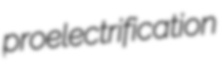
proelectrification